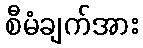
စီမံချက်အား